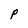
Character: P